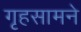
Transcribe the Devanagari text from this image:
गृहसामने